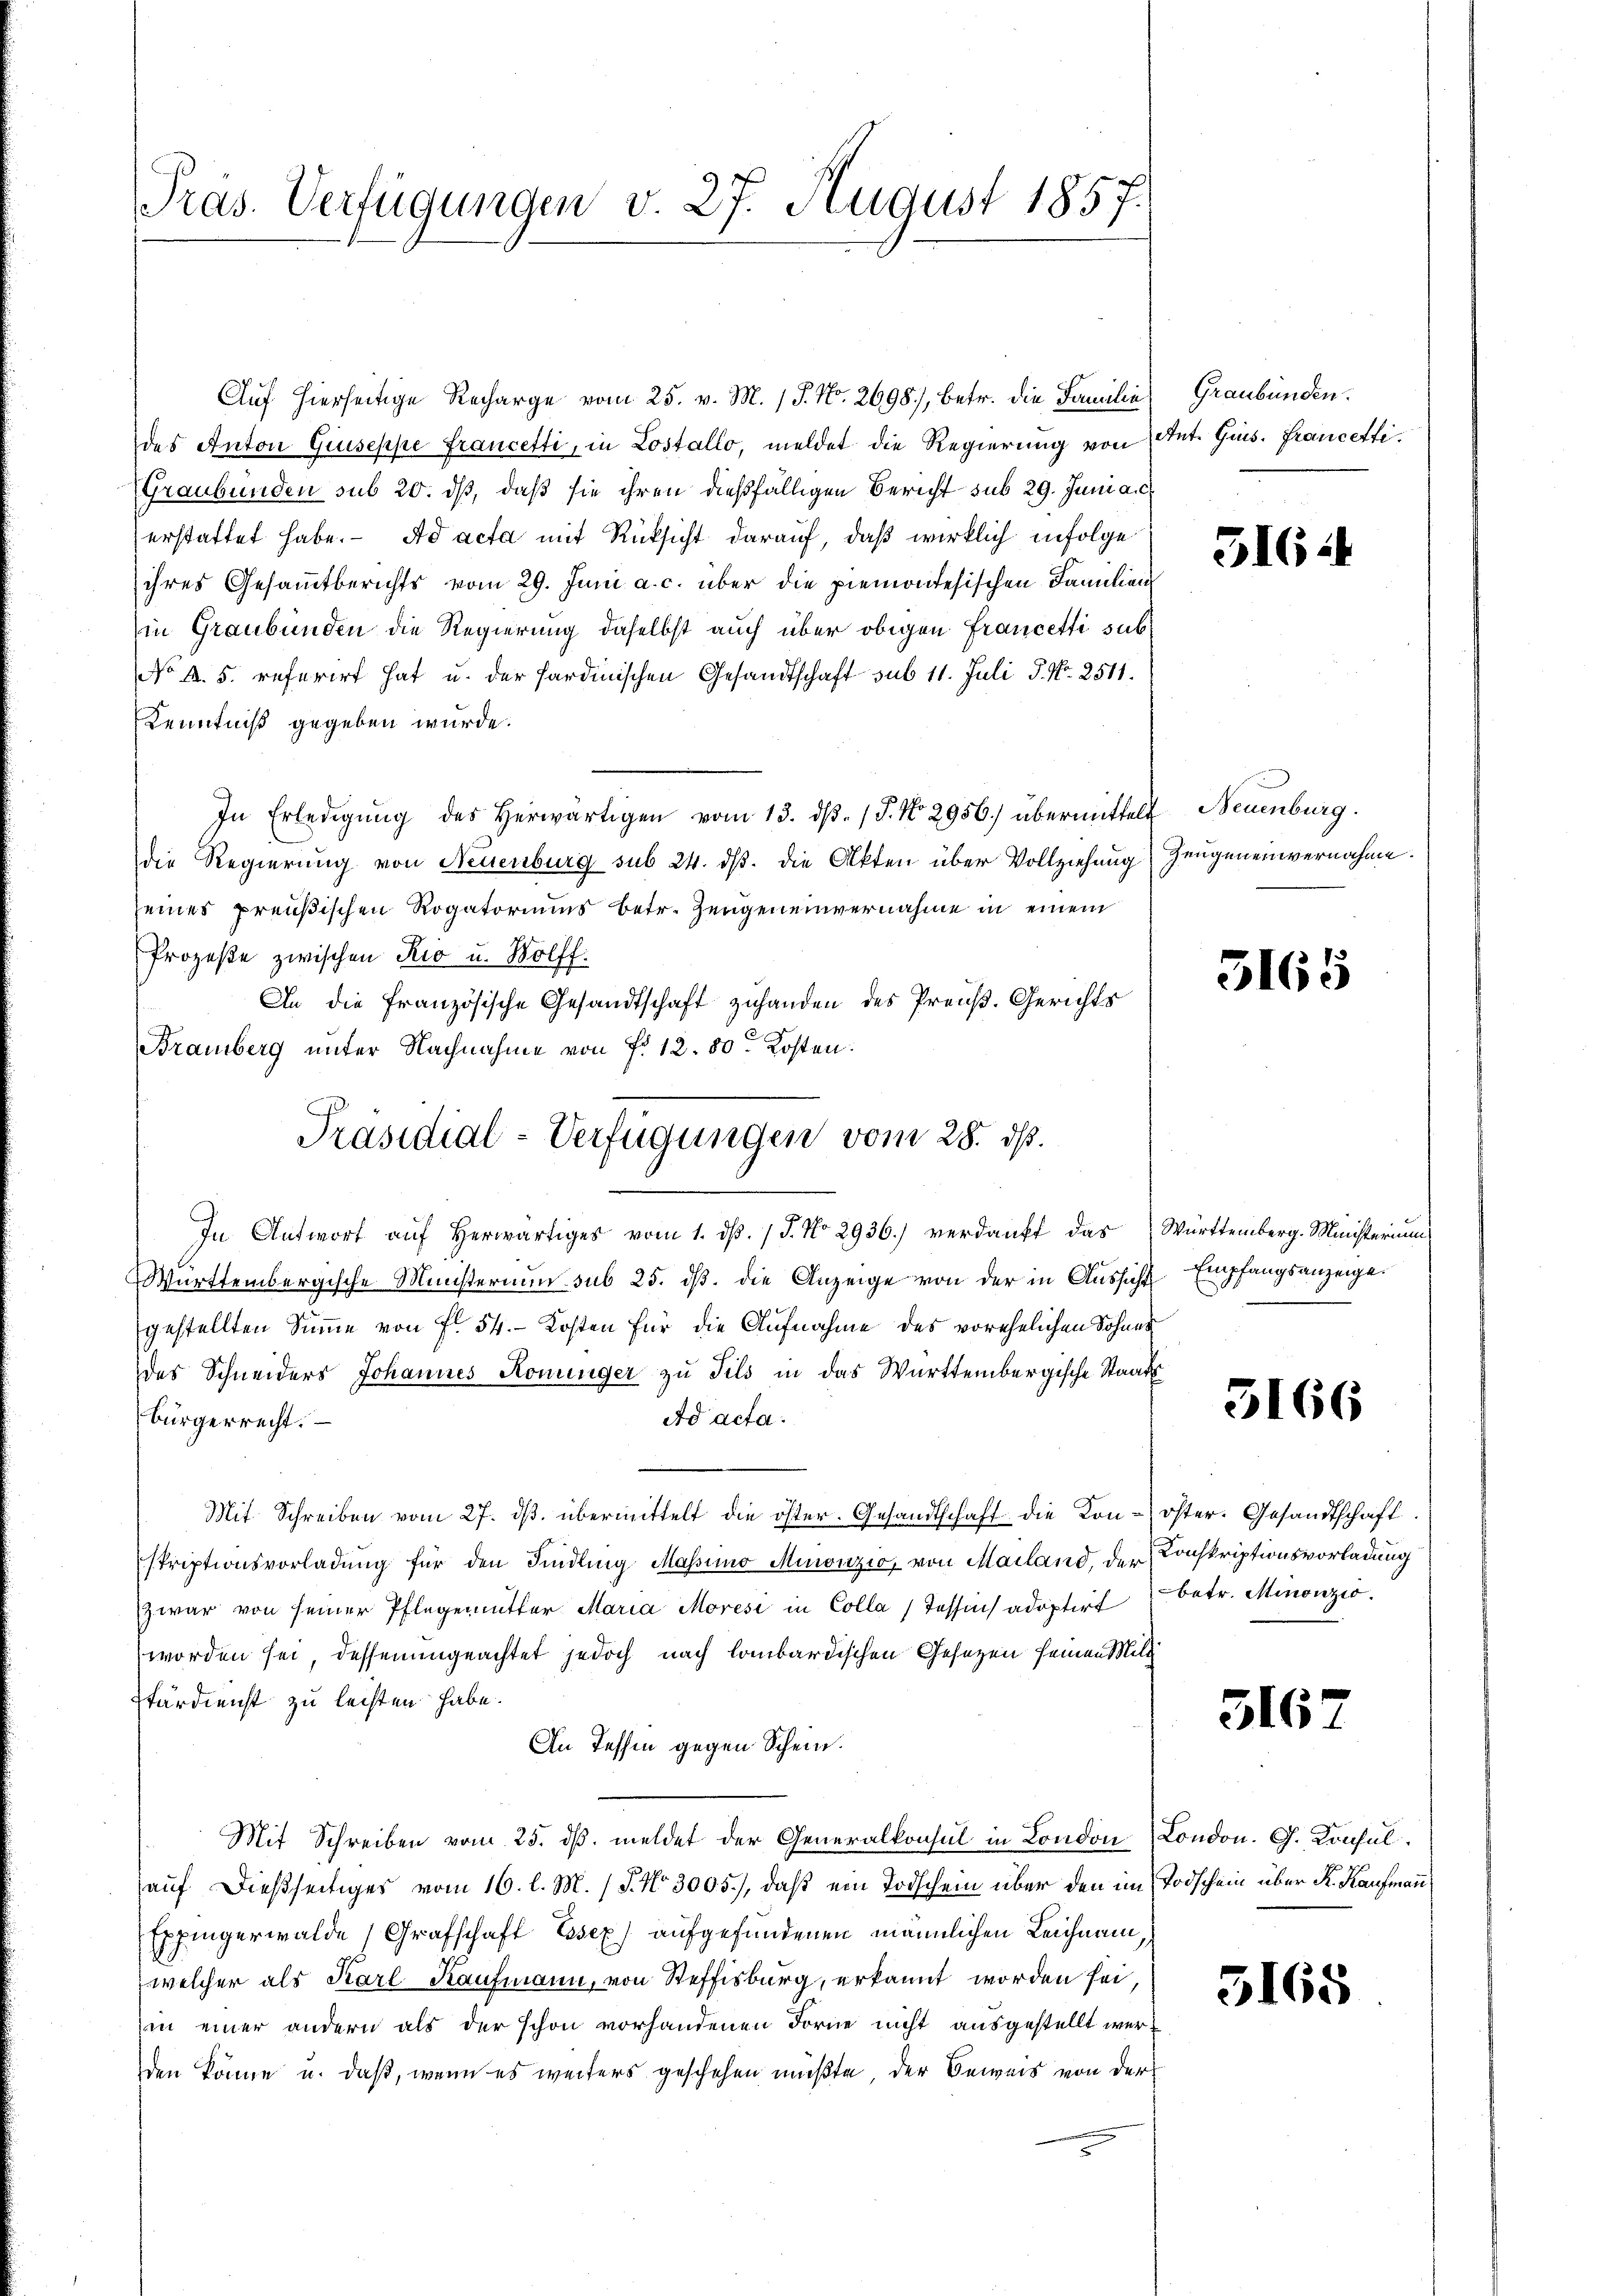
Präs. Verfügungen v. 27. August 1857.

Auf hierseitige Recharge vom 25. v. M. / J. No. 2698), betr. die Familie
des Anton Giuseppe francetti, in Lostallo, meldet die Regierung von Ant. Guis. Francetti¬
(Graubünden sub 20. dß, daß sie ihren dießfälligen Bericht sub 29. Juni a. c.
erstattet habe. - Ad acta mit Rücksicht darauf, daß wirklich infolge
ihres Gesammtberichts vom 29. Juni a. c. über die piemontesischen Familien
in Graubünden die Regierung daselbst auch über obigen Francetti sub¬
No A. 5. referirt hat u. der Sardinischen Gesandtschaft sub 11. Juli P. Nr. 2511.
Kenntniß gegeben wurde.
In Erledigŭng des herwärtigen vom 13. dβ. P. Nr. 2956.) übermittelt Neuenburg.
die Regierung von Neuenburg sub 24. ds. die Akten über Vollziehung) Zeugen einvernahme.
seines preußischen Rogatoriums betr. Zeugeneinvernahme in einem
Prozeße zwischen Rio u. Wolff:
An die französische Gesandtschaft zuhanden des Preuß. Gerichts
Bramberg unter Nachnahme von f. 12. 80. Kosten.
In Antwort aŭf herwärtiges vom 1. d. J. No 2936.) verdanft das Württemberg. Ministerium
Württembergische Ministerium sub 25. dß. die Anzeige von der in Aussicht Empfangsanzeige
gestellten Summe von fl. 54. - Kosten für die Aufnahme des vorehelichen Sohnes
des Schneiders Johannes Koninger zu Tils in das Württembergische Staats
Ad acta.
bürgerrecht.
Mit Schreiben vom 27. dβ übermittelt die öster. Gesandtschaft die Kon-öster. Gesandtschaft.
striptionsvorladung für den Findling Massimo Minonzić, von Mailand, der Konskriptionsvorladung
zwar von seiner Pflegemutter Maria Moresi in Colla (Tessin adoptirt betr. Minonzio.
worden sei, dessenungeachtet jedoch nach lombardischen Gesetzen seinen Mili
Pfärdienst zu leisten habe.
An Tessin gegen Schein.
Mit Schreiben vom 25. dβ. meldet der Generalkonsul in London (London. G. Konsul
auf dießseitiges vom 16. l. M. (T. No. 3005.), daß ein Todschein über den im Todschein über K. Kaufmann
Eppingerwalde Grafschaft Essex) aufgefundenen männlichen Leichnam,
welcher als Karl Kaufmann, von Steffisburg, erkannt worden sei,
in einer andern als der schon vorhandenen Forne nicht ausgestellt werden könne u. daß, wenn es weiters geschehen mußte der Beweis von der

Präsidial-Verfügungen vom 28. ds.

Graubünden.

5164

3165

3166

3167

5165